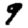
Digit: 9